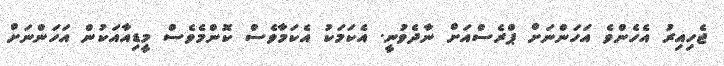
ޖެހިއިރު އެހެންވެ އަހަންނަށް ޕްރެސްއަށް ނާދެވުނީ. އެކަމަކު އެކަމާވެސް ކޮންމެވެސް މީޑިއާއަކުން އަހަންނަށް